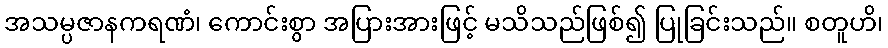
အသမ္ပဇာနကရဏံ၊ ကောင်းစွာ အပြားအားဖြင့် မသိသည်ဖြစ်၍ ပြုခြင်းသည်။ စတူဟိ၊